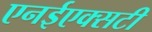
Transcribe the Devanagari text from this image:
एनईएक्सटी